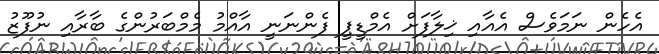
އެހެން ނަމަވެސް އެއާއި ޚިލާފަށް އެމްޑީޕީ ފެންނަނީ އާއްމު މެމްބަރުންގެ ބާރާއި ނުފޫޒު